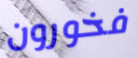
فخورون